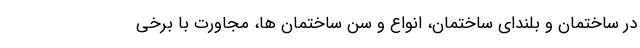
در ساختمان و بلندای ساختمان، انواع و سن ساختمان ها، مجاورت با برخی